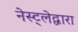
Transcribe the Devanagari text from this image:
नेस्ट्लेद्वारा